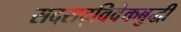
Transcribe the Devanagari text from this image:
सदसद्‌विवेकबुद्धी